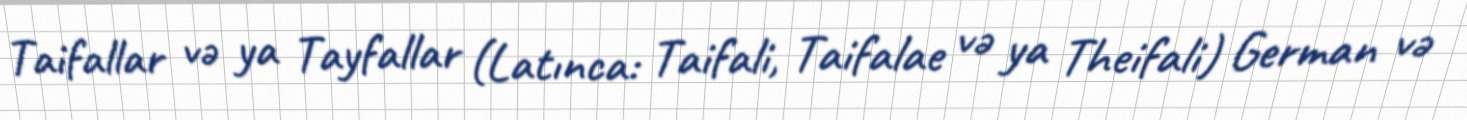
Taifallar və ya Tayfallar (Latınca: Taifali, Taifalae və ya Theifali) German və